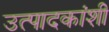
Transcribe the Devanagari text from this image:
उत्पादकांशी